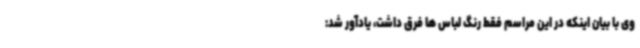
وی با بیان اینکه در این مراسم فقط رنگ لباس ها فرق داشت، یادآور شد: